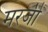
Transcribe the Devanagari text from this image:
मरजी